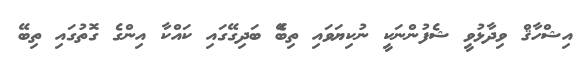
އިޝްހާޤް ވިދާޅުވީ ޝެފުންނަކީ ނުކިޔަވައި ތިބެޭ ބަދިގޭގައި ކައްކާ އިންގެ ގޮތުގައި ތިބޭ